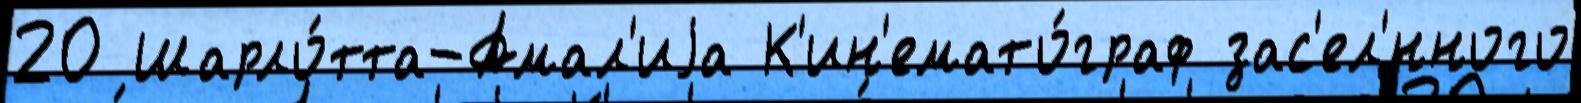
20 Шарло́тта-Амал'иjа К'ин'емато́граф зас'ел'́нного